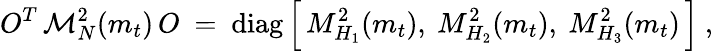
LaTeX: O^{T}\, {\cal M}_{N}^{2}(m_{t})\, O\ =\ \mathrm{diag}\, \Big[\, M_{H_{1}}^{2}(m_{t}),\ M_{H_{2}}^{2}(m_{t}),\ M_{H_{3}}^{2}(m_{t})\, \Big]\ ,